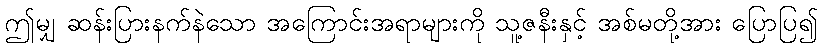
ဤမျှ ဆန်းပြားနက်နဲသော အကြောင်းအရာများကို သူ့ဇနီးနှင့် အစ်မတို့အား ပြောပြ၍